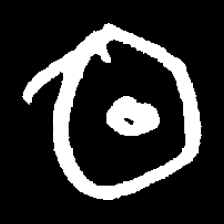
Pyu character \u2014 Myanmar letter: ထ (romanized: tha)